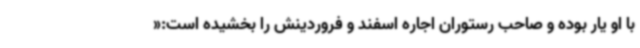
با او یار بوده و صاحب رستوران اجاره اسفند و فروردینش را بخشیده است:«